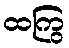
ထကြွ